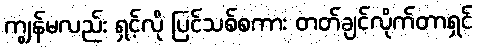
ကျွန်မလည်း ရှင့်လို ပြင်သစ်စကား တတ်ချင်လိုက်တာရှင်